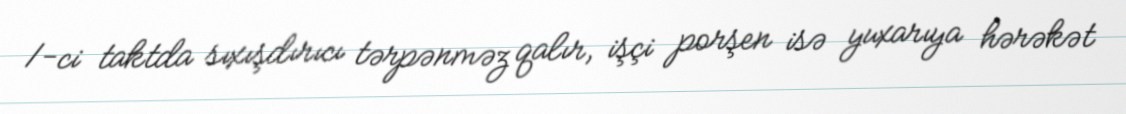
1-ci taktda sıxışdırıcı tərpənməz qalır, işçi porşen isə yuxarıya hərəkət